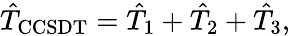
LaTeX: \hat{T}_{\mathrm{CCSDT}}=\hat{T}_{1}+\hat{T}_{2}+\hat{T}_{3},